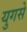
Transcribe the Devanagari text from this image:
युगसे